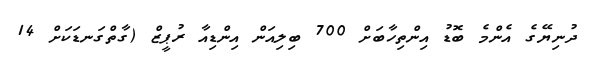
ދުނިޔޭގެ އެންމެ ބޮޑު އިންތިހާބަށް 700 ބިލިއަން އިންޑިއާ ރުޕީޒް (ގާތްގަނޑަކަށް 14